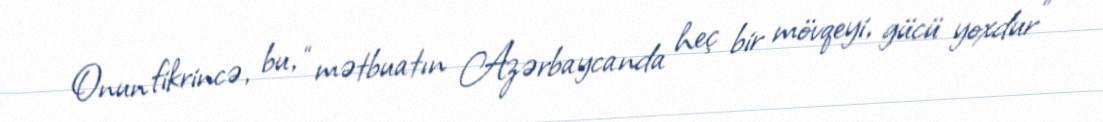
Onun fikrincə, bu, “mətbuatın Azərbaycanda heç bir mövqeyi, gücü yoxdur”